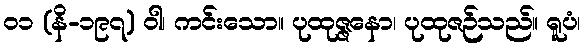
၀၁ (နိ-၁၉၇) ဝါ၊ ကင်းသော။ ပုထုဇ္ဇနော၊ ပုထုဇဉ်သည်။ ရူပံ၊